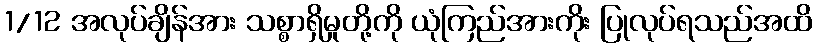
1/12 အလုပ်ချိန်အား သစ္စာရှိမှုတို့ကို ယုံကြည်အားကိုး ပြုလုပ်ရသည်အထိ